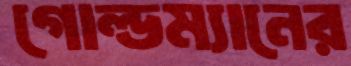
গোল্ডম্যানের